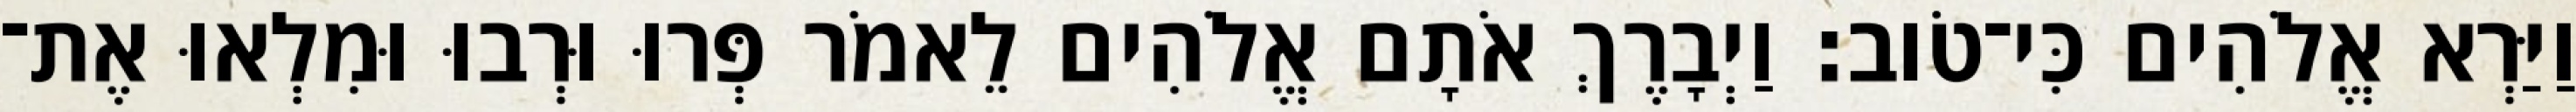
וַיַּרְא אֱלֹהִים כִּי־טֹוב׃ וַיְבָרֶךְ אֹתָם אֱלֹהִים לֵאמֹר פְּרוּ וּרְבוּ וּמִלְאוּ אֶת־